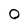
Character: O